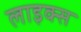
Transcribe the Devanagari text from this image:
लाइक्स